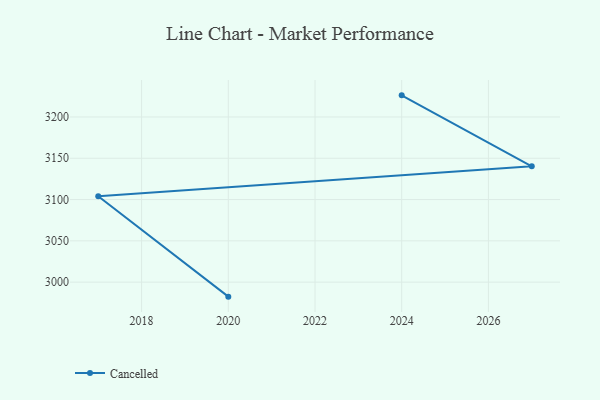
{"axis": {"x": "Year", "y": "Energy Usage (MWh)"}, "legend": ["Cancelled"], "data": [{"x": "2024", "y": 3226.2, "type": "Cancelled"}, {"x": "2027", "y": 3140.3, "type": "Cancelled"}, {"x": "2017", "y": 3103.9, "type": "Cancelled"}, {"x": "2020", "y": 2982.4, "type": "Cancelled"}]}